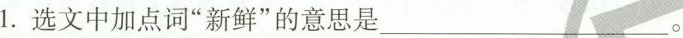
1.选文中加点词”新鲜”的意思是___。